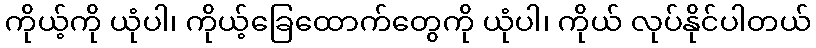
ကိုယ့်ကို ယုံပါ၊ ကိုယ့်ခြေထောက်တွေကို ယုံပါ၊ ကိုယ် လုပ်နိုင်ပါတယ်